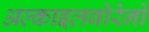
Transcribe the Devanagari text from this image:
अल्काइलबोरेनों